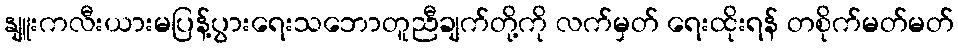
နျူးကလီးယားမပြန့်ပွားရေးသဘောတူညီချက်တို့ကို လက်မှတ် ရေးထိုးရန် တစိုက်မတ်မတ်